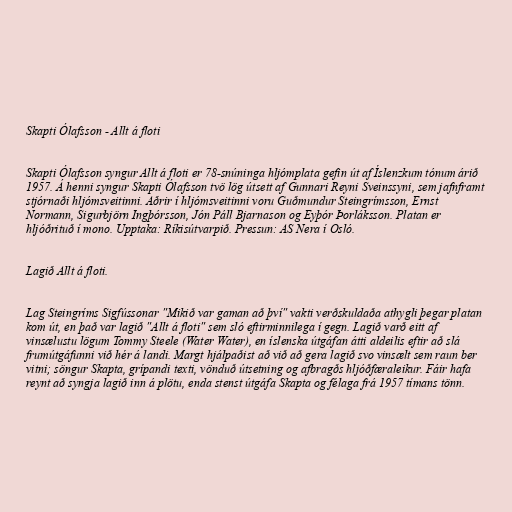
Skapti Ólafsson - Allt á floti

Skapti Ólafsson syngur Allt á floti er 78-snúninga hljómplata gefin út af Íslenzkum tónum árið
1957. Á henni syngur Skapti Ólafsson tvö lög útsett af Gunnari Reyni Sveinssyni, sem jafnframt
stjórnaði hljómsveitinni. Aðrir í hljómsveitinni voru Guðmundur Steingrímsson, Ernst
Normann, Sigurbjörn Ingþórsson, Jón Páll Bjarnason og Eyþór Þorláksson. Platan er
hljóðrituð í mono. Upptaka: Ríkisútvarpið. Pressun: AS Nera í Osló.

Lagið Allt á floti.

Lag Steingríms Sigfússonar "Mikið var gaman að því" vakti verðskuldaða athygli þegar platan
kom út, en það var lagið "Allt á floti" sem sló eftirminnilega í gegn. Lagið varð eitt af
vinsælustu lögum Tommy Steele (Water Water), en íslenska útgáfan átti aldeilis eftir að slá
frumútgáfunni við hér á landi. Margt hjálpaðist að við að gera lagið svo vinsælt sem raun ber
vitni; söngur Skapta, grípandi texti, vönduð útsetning og afbragðs hljóðfæraleikur. Fáir hafa
reynt að syngja lagið inn á plötu, enda stenst útgáfa Skapta og félaga frá 1957 tímans tönn.